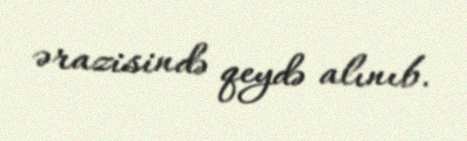
ərazisində qeydə alınıb.